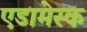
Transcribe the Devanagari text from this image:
एडामेस्क